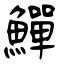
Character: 鱓